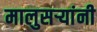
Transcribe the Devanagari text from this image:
मालुसर्‍यांनी